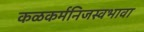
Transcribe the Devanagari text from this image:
कळकर्मनिजस्वभावा